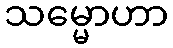
သမ္မောဟာ